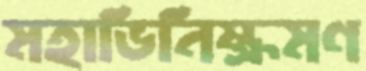
মহাভিনিষ্ক্রমণ